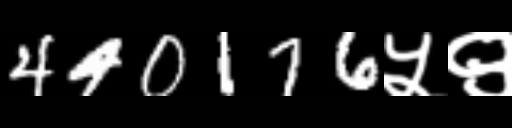
Text: 440176५९